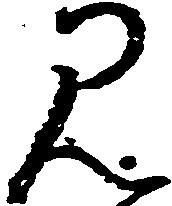
み